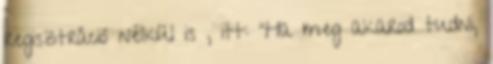
regisztráció nélkül is , itt: "Ha meg akarod tudni,